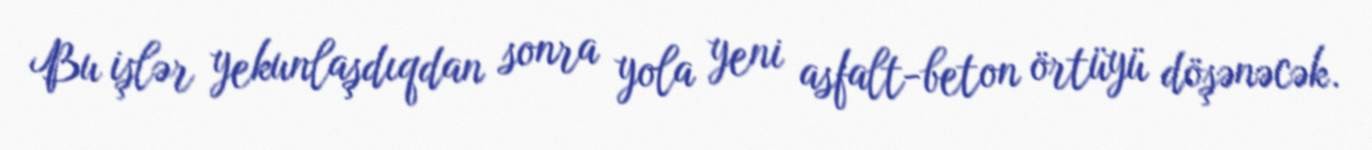
Bu işlər yekunlaşdıqdan sonra yola yeni asfalt-beton örtüyü döşənəcək.